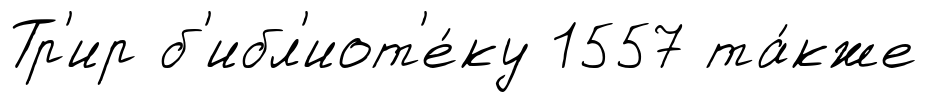
Тр'ир б'ибл'иот'е́ку 1557 та́кже